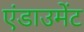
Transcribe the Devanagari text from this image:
एंडाउमेंट